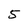
Character: 5